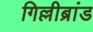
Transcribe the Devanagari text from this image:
गिल्लीब्रांड